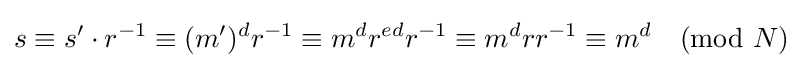
s\equiv s'\cdot r^{-1}\equiv (m')^{d}r^{-1}\equiv m^{d}r^{ed}r^{-1}\equiv m^{d}rr^{-1}\equiv m^{d}{\pmod {N}}